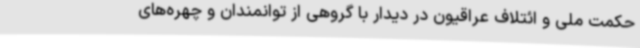
حکمت ملی و ائتلاف عراقیون در دیدار با گروهی از توانمندان و چهره‌های